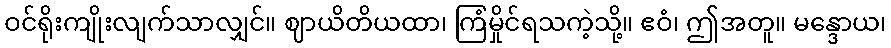
ဝင်ရိုးကျိုးလျက်သာလျှင်။ ဈာယိတိယထာ၊ ကြံမှိုင်ရသကဲ့သို့။ ဧဝံ၊ ဤအတူ။ မန္ဒောယ၊